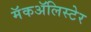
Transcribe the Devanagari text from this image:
मॅकॲलिस्टेर